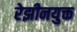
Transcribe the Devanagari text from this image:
रेझीनयुक्त